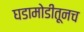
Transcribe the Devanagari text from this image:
घडामोडीतूनच